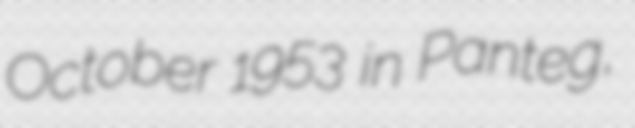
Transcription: October 1953 in Panteg,